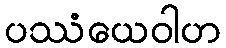
ပဿံယေဝါဟ